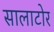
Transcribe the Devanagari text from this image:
सालाटोर